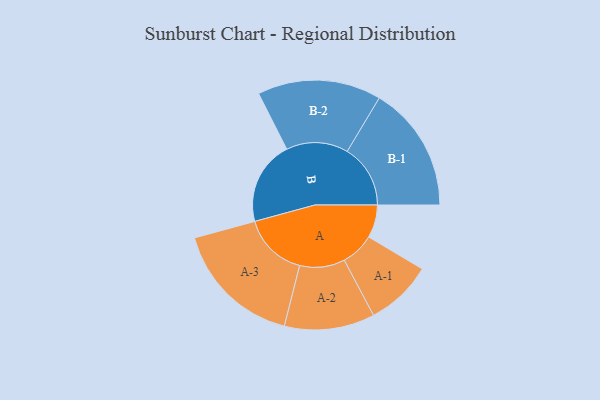
{"axis": {"x": "Segment", "y": "Value"}, "legend": ["", "A", "B"], "data": [{"x": "A", "y": 124, "type": ""}, {"x": "B", "y": 316, "type": ""}, {"x": "A-1", "y": 126, "type": "A"}, {"x": "A-2", "y": 170, "type": "A"}, {"x": "A-3", "y": 244, "type": "A"}, {"x": "B-1", "y": 238, "type": "B"}, {"x": "B-2", "y": 233, "type": "B"}]}